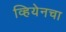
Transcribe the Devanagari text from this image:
व्हियेनचा